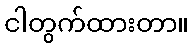
ငါတွက်ထားတာ။